Annual administration report of the Civil Veterinary Department of India - 1895-1896
Year: 1895
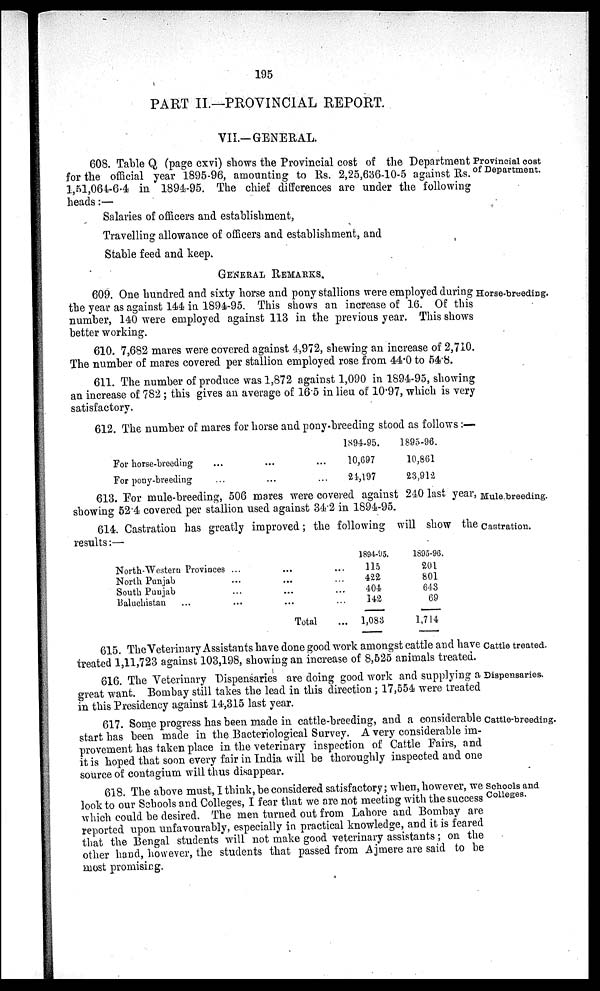
195
PART II.—PROVINCIAL REPORT.
VII.— GENERAL.
Provincial cost
of Department.
608. Table Q (page cxvi) shows the Provincial cost of the Department
for the official year 1895.96, amounting to Rs. 2,25,636-10-5 against Rs.
1,51,064-6.4 in 1894-95. The chief differences are under the following
heads:—
Salaries of officers and establishment,
Travelling allowance of officers and establishment, and
Stable feed and keep.
GENERAL REMARKS.
Horse-breeding.
609. One hundred and sixty horse and pony stallions were employed during
the year as against 144 in 1894-95. This shows an increase of 16. Of this
number, 140 were employed against 113 in the previous year. This shows
better working.
610. 7,682 mares were covered against 4,972, shewing an increase of 2,710.
The number of mares covered per stallion employed rose from 44.0 to 54.8.
611. The number of produce was 1,872 against 1,090 in 1894-95, showing
an increase of 782 ; this gives an average of 16.5 in lieu of 10.97, which is very
satisfactory.
612. The number of mares for horse and pony-breeding stood as follows :—
For horse-breeding
For pony-breeding
...
...
...
...
...
...
1894-95.
10,697
24,197
1895-96.
10,861
23,912
Mule breeding.
613. For mule-breeding, 506 mares were covered against 240 last year,
showing 52.4 covered per stallion used against 342 in 1894-95.
Castration.
614. Castration has greatly improved; the following will show the
results:—
Novth Western Provinces
North Punjab
South Punjab
Baluchistan ...
...
...
...
...
...
...
...
...
Total
...
...
...
...
...
1894-95.
115
422
404
142
1,083
1895-96.
201
801
643
69
1,714
Cattle treated.
615. The Veterinary Assistants have done good work amongst cattle and have
treated 1,11,723 against 103,198, showing an increase of 8,525 animals treated.
Dispensaries.
616. The Veterinary Dispensaries are doing good work and supplying a
great want. Bombay still takes the lead in this direction; 17,554 were treated
in this Presidency against 14,315 last year.
Cattle-breeding.
617. Some progress has been made in cattle-breeding, and a considerable
start has been made in the Bacteriological Survey. A very considerable im-
provement has taken place in. the veterinary inspection of Cattle Fairs, and
it is hoped that soon every fair in India will be thoroughly inspected and one
source of contagium will thus disappear.
Schools and
Colleges.
618. The above must, I think, be considered satisfactory; when, however, we
look to our Schools and Colleges, I fear that we are not meeting with the success
which could be desired. The men turned out from Lahore and Bombay are
reported upon unfavourably, especially in practical knowledge, and it is feared
that the Bengal students will not make good veterinary assistants; on the
other hand, however, the students that passed from Ajmere are said to be
most promising.